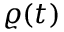
\varrho ( t )